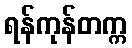
ရန်ကုန်တက္က